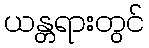
ယန္တရားတွင်